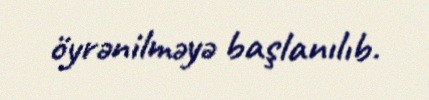
öyrənilməyə başlanılıb.